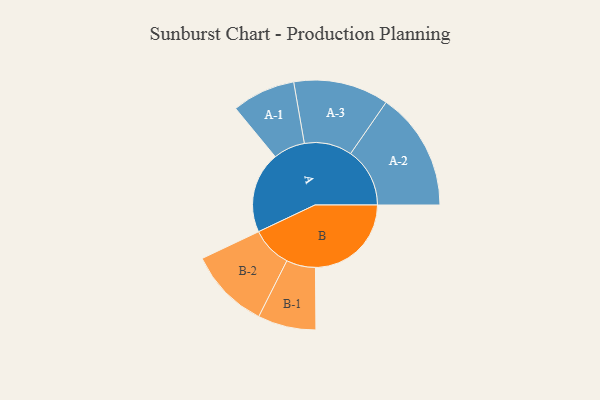
{"axis": {"x": "Segment", "y": "Value"}, "legend": ["", "A", "B"], "data": [{"x": "A", "y": 310, "type": ""}, {"x": "B", "y": 366, "type": ""}, {"x": "A-1", "y": 121, "type": "A"}, {"x": "A-2", "y": 226, "type": "A"}, {"x": "A-3", "y": 182, "type": "A"}, {"x": "B-1", "y": 111, "type": "B"}, {"x": "B-2", "y": 155, "type": "B"}]}